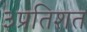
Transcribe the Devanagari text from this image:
३प्रतिशत